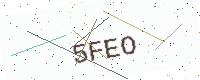
Text: 5FEO